Report on vaccination in Madras 1904-1921 - 1904-1921
Year: 1904
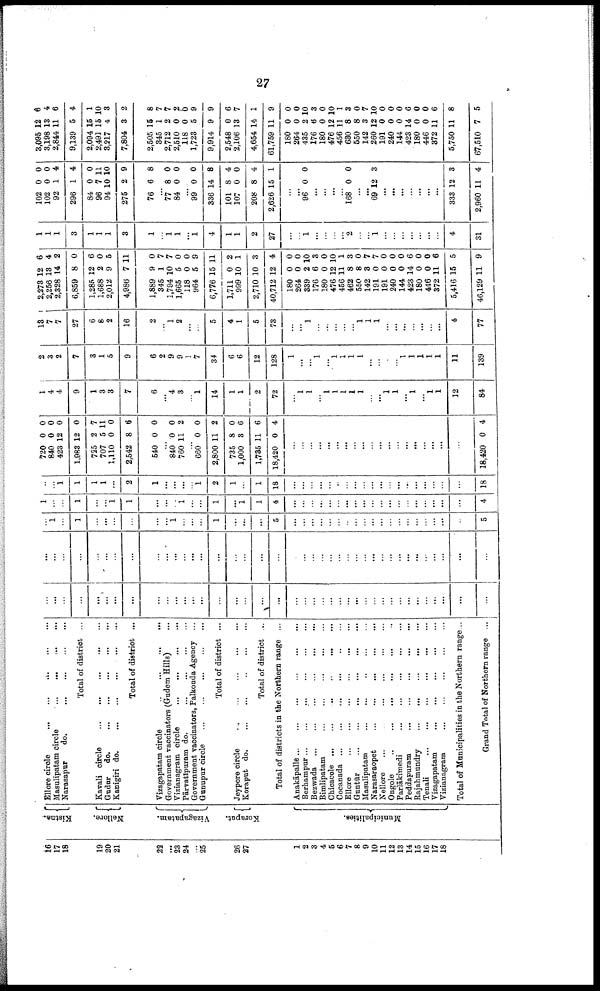
27
16
17
18
19
20
21
22
...
23
24
...
25
26
27
1
2
3
4
5
6
7
8
9
10
11
12
13
14
15
16
17
18
Kistna.
Nellore.
Vizagapatam.
Koraput.
Municipalities.
Ellore circle
...
...
...
...
...
Masulipatam circle
...
...
...
...
Narasapur
do.
...
...
...
...
Total of district ...
Kavali circle
...
...
...
...
...
Gudur
do.
...
...
...
...
...
Kanigiri do.
...
...
...
...
...
Total of district ...
Vizagapatam circle
...
...
...
...
Government vaccinators (Gudem Hills) ...
Vizianagram circle
...
...
...
...
Pārvatipuram do.
...
...
...
...
Government vaccinators, Palkonda Agency
Gunupur circle
...
...
...
...
...
Total of district ...
Jeypore circle ... ... ... ... ...
Koraput do.
...
...
...
...
...
Total of district ...
Total of districts in the Northern range ...
Anakāpalle
...
...
...
...
...
...
Berhampur
...
...
...
...
...
...
Bezwada
...
...
...
...
...
...
Bimlipatam
...
...
...
...
...
Chicacole ... ... ... ... ... ...
Cocanada ...
...
...
...
Ellore
...
...
...
...
...
...
Guntūr
...
...
...
...
...
...
Masulipatam
...
...
...
...
...
Narasaraopet
...
...
...
...
...
Nellore
...
...
...
...
...
...
Ongole
...
...
...
...
...
...
Parlākimedi
...
...
...
...
...
Peddapuram
...
...
...
...
...
Rajahmundry
...
...
...
...
...
Tenali
...
...
...
...
...
...
Vizagapatam
...
...
...
...
...
Vizianagram
...
...
...
...
...
Total of Municipalities in the Northern range...
Grand Total of Northern range ...
...
...
...
...
...
...
...
...
...
...
...
...
...
...
...
...
...
...
...
...
...
...
...
...
...
...
...
...
...
...
...
...
...
...
...
...
...
...
...
...
...
...
...
...
...
...
...
...
...
...
...
...
...
...
...
...
...
...
...
...
...
...
...
...
...
...
...
...
...
...
...
...
...
...
...
...
...
...
...
1
...
1
...
...
...
...
...
...
1
...
...
...
1
...
...
...
5
...
...
...
...
...
...
...
...
...
...
...
...
...
...
...
...
...
...
...
5
1
...
...
1
...
...
1
1
...
...
...
1
...
...
1
...
1
1
4
...
...
...
...
...
...
...
...
...
...
...
...
...
...
...
...
...
...
...
4
...
...
1
1
1
1
...
2
1
...
...
...
...
1
2
1
...
1
18
...
...
...
...
...
...
...
...
...
...
...
...
...
...
...
...
...
...
...
18
720
840
423
1,983
725
707
1,110
2,542
540
0
0
12
12
2
5
0
8
0
0
0
0
0
7
11
0
6
0
...
840
760
0
11
0
2
...
660
2,800
735
1,000
1,785
18,420
0
11
8
3
11
0
0
2
0
6
6
4
...
...
...
...
...
...
...
...
...
...
...
...
...
...
...
...
...
...
...
18,420 0 4
1
4
4
9
1
3
3
7
6
...
4
3
...
1
14
1
1
2
72
...
1
1
...
1
1
1
1
1
...
...
1
1
...
1
...
1
1
12
81
2
3
2
7
3
1
5
9
6
2
9
9
1
7
34
6
6
12
128
1
...
...
1
...
1
1
1
1
...
...
...
...
1
1
1
1
1
11
139
13
7
7
27
6
8
2
16
2
...
1
2
...
...
5
4
1
5
73
...
...
1
...
...
...
...
...
1
1
1
...
...
...
...
...
...
...
4
77
2,273
2,256
2,328
6,859
1,285
1,688
2,012
4,986
1,889
845
1,794
1,665
118
964
6,776
1,711
999
2,710
40,712
180
264
339
176
180
476
456
462
550
142
191
191
240
144
423
180
416
372
5,416
46,129
12
13
14
8
12
2
9
7
9
1
10
5
0
5
15
0
10
10
12
0
0
2
6
0
12
11
8
8
3
0
0
0
0
14
0
0
11
15
11
6
4
2
0
6
0
5
11
0
7
7
0
0
9
11
2
1
3
4
0
0
10
3
0
10
1
3
0
7
7
0
0
0
6
0
0
6
5
9
1
1
1
3
1
1
1
3
1
...
1
1
...
1
4
1
1
2
27
...
...
1
...
...
...
...
2
...
...
1
...
...
...
...
...
...
...
4
31
102
102
92
296
84
96
94
275
76
0
0
1
1
0
7
10
2
6
0
0
4
4
0
11
10
9
8
...
77
84
8
0
0
0
...
99
336
101
107
208
2,626
0
14
8
0
8
15
0
8
4
0
4
1
...
...
96 0 0
...
...
...
...
168 0 0
...
...
69 12 3
...
...
...
...
...
...
...
333
2,960
12
11
3
4
3,095
3,198
2,844
9,139
2,094
2,491
3,217
7,804
2,505
345
2,712
2,510
118
1,723
9,914
2,548
2,106
4,654
61,759
180
264
435
176
180
476
456
680
550
142
260
191
240
144
423
180
446
372
5,750
67,510
12
13
11
5
15
15
4
3
15
1
2
0
0
5
9
0
13
14
11
0
0
2
6
0
12
11
8
8
3
12
0
0
0
14
0
0
11
11
7
6
4
6
4
1
10
3
2
8
7
7
2
0 9
9
6
7
1
9
0
0
10
3
0
10
1
3
0
7
10
0
0
0
6
0
0
6
8
5